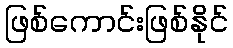
ဖြစ်ကောင်းဖြစ်နိုင်